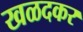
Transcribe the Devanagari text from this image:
खळदकर